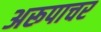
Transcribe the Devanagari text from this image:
अरूपाचर